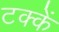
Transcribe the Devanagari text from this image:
टक्कें